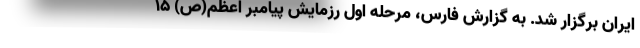
ایران برگزار شد. به گزارش فارس، مرحله اول رزمایش پیامبر اعظم(ص) ۱۵